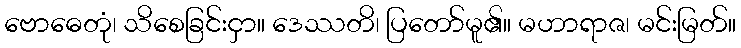
ဗောဓေတုံ၊ သိစေခြင်းငှာ။ ဒေဿတိ၊ ပြတော်မူ၏။ မဟာရာဇ၊ မင်းမြတ်။